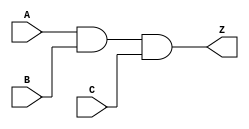
module notech_and3 (A,B,C,Z);
input A,B,C;
output Z;
assign Z=A&B&C;
endmodule